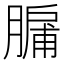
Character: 𮌸